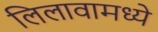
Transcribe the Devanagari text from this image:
लिलावामध्ये